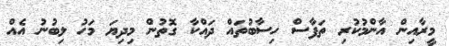
މީރާއިން އާންމުކުރި ތަފާސް ހިސާބުތައް ދައްކާ ގޮތުން މިދިޔަ މަހު ލިބުނު އެއް